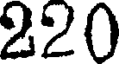
220